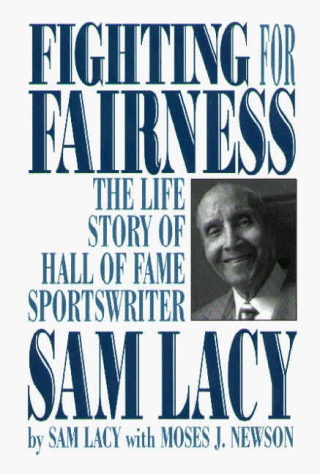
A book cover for Fighting for Fairness: The Life Story of Hall of Fame Sportswriter Sam Lacy; Sam Lacy; Sports & Outdoors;